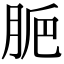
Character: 𦛐